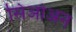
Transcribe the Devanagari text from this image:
सिओअन